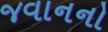
જવાનનો